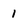
Character: 1